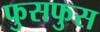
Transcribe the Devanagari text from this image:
फुसफुस